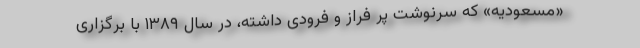
«مسعودیه» که سرنوشت پر فراز و فرودی داشته، در سال ۱۳۸۹ با برگزاری